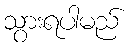
သွားရပါမည်